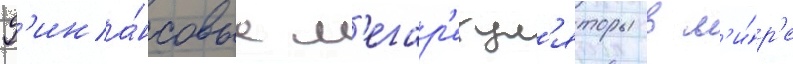
Ф'ина́нсовые м'егар'егул'яторы в м'и́р'е